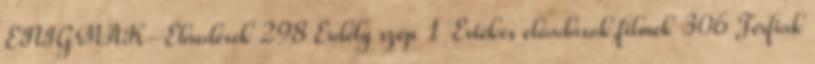
ENIGMÁK-Ébredések 298 Erdély szép 1 Értékes előadások,filmek 306 Férfiak